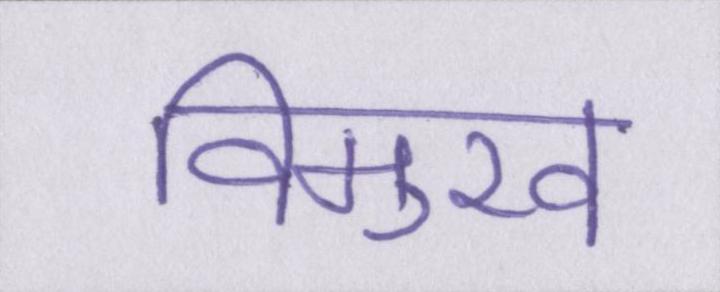
विमुख